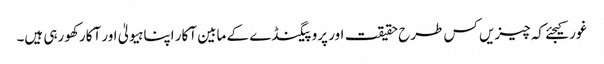
غور کیجئے کہ چیزیں کس طرح حقیقت اور پروپیگنڈے کے مابین آکار اپنا ہیولیٰ اور آکار کھورہی ہیں۔